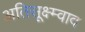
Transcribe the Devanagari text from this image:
अतिसूक्ष्म्वाद